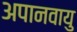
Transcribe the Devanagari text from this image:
अपानवायु